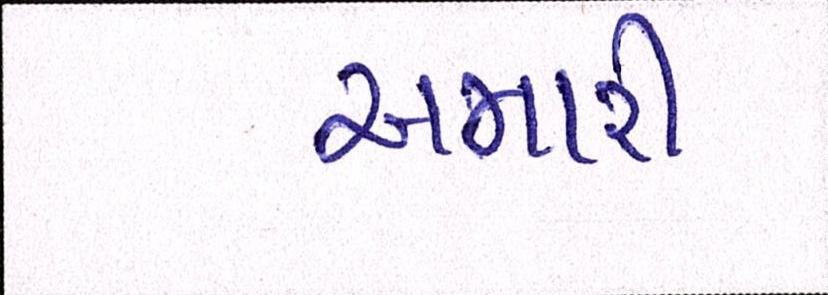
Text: અમારી